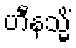
ဟီနသ္မိံ